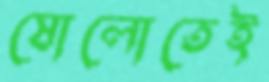
ষোলোতেই